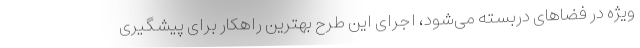
ویژه در فضاهای دربسته می‌شود، اجرای این طرح بهترین راهکار برای پیشگیری